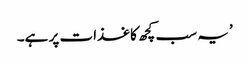
’یہ سب کچھ کاغذات پر ہے۔